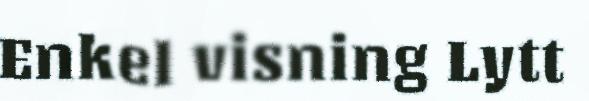
Enkel visning Lytt